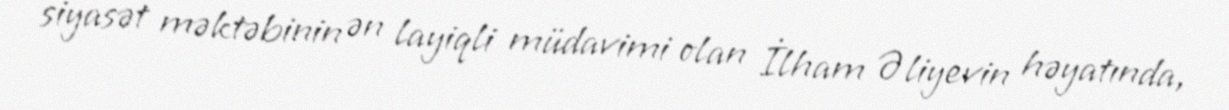
siyasət məktəbinin ən layiqli müdavimi olan İlham Əliyevin həyatında,